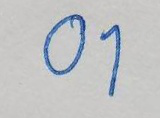
01